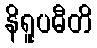
နိရူပဓီတိ